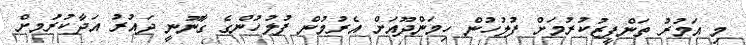
މި އަމުރު ތަންފީޒުކުރުމަށް ފުލުހުން ހިމަންދޫއަށް އެރުމުން ފުލުހުންގެ ގާނޫނީ ދައުރު އަދާކުރުަމށް